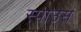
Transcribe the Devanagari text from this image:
स्पाउस